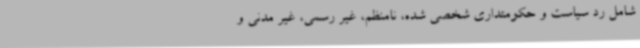
شامل رد سیاست و حکومتداری شخصی شده، نامنظم، غیر رسمی، غیر مدنی و